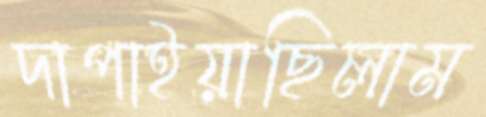
দাপাইয়াছিলাম